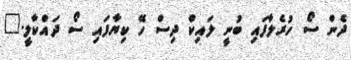
ދެން ސޯ ހުރެލާފައި ބުނީ ލައިކް ދިސް ހޭ ކިޔާފައި ސޯ ދައްކާލީ."